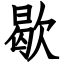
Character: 歇